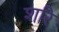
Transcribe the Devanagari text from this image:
शरि